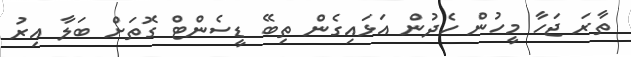
ތާރަ ޖަހާ މީހުން ހެދުން އަޅައިގެން ތިބޭ ޑީސެންޓް ގޮތަށް ބަލާ އިރު